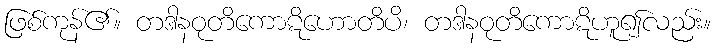
ဖြစ်ကုန်၏။ တဒါနဝုတိကောဋိဟောတိပိ၊ တဒါနဝုတိကောဋိဟူ၍လည်း။